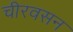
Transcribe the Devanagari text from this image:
चीरवसन